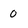
Character: 0